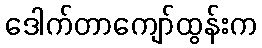
ဒေါက်တာကျော်ထွန်းက